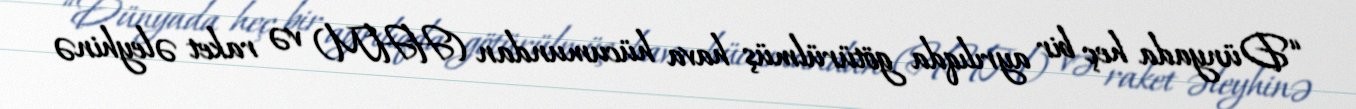
“Dünyada heç bir ayrılıqda götürülmüş hava hücumundan (HHM) və raket əleyhinə